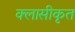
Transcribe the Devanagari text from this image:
क्लासीकृत